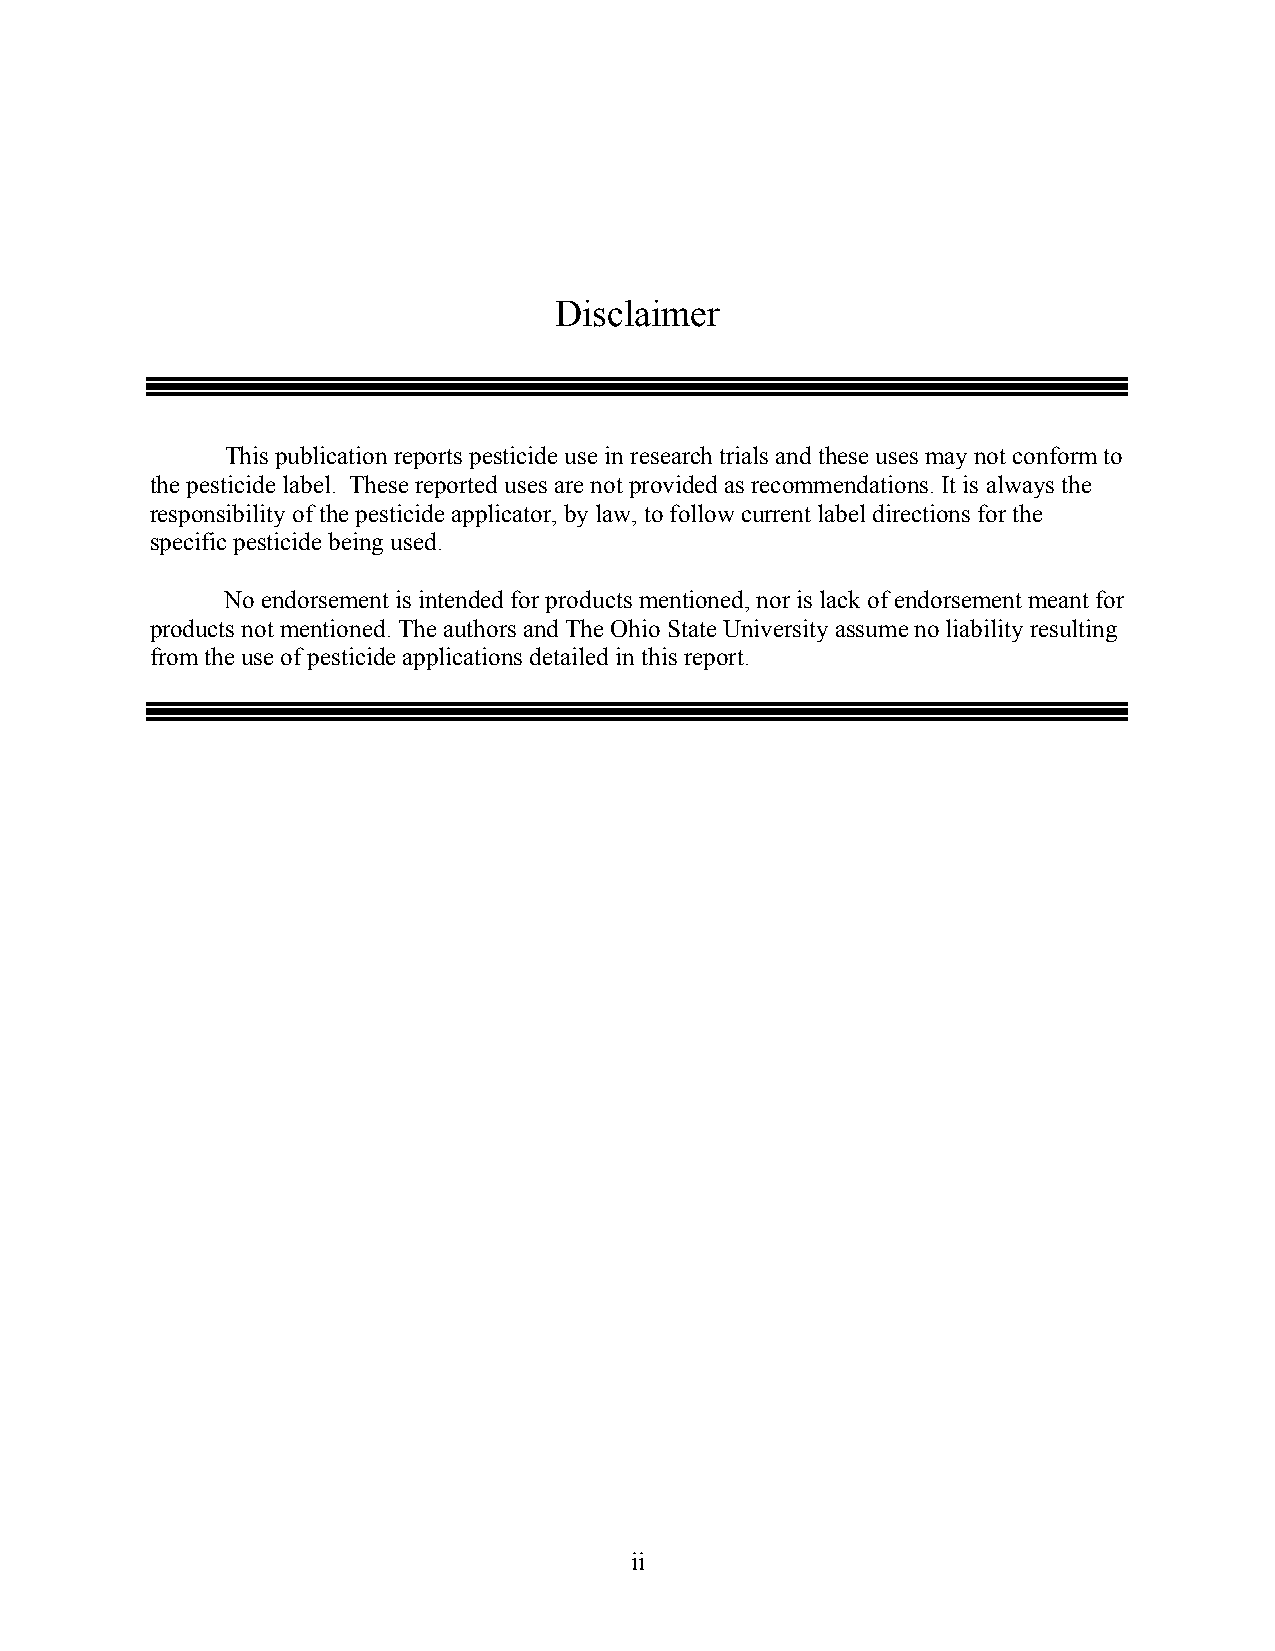
Disclaimer
 This publication reports pesticide use in research trials and these uses may not conform to
 the pesticide label. These reported uses are not provided as recommendations. It is always the
 responsibility of the pesticide applicator, by law, to follow current label directions for the
 specific pesticide being used.
 No endorsement is intended for products mentioned, nor is lack of endorsement meant for
 products not mentioned. The authors and The Ohio State University assume no liability resulting
 from the use of pesticide applications detailed in this report.
 ii